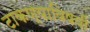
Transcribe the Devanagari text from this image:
टाकण्याविषयीं